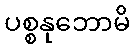
ပစ္စနုဘောမိ